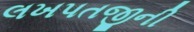
લખપતજીની